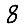
Digit: 8